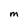
Character: M